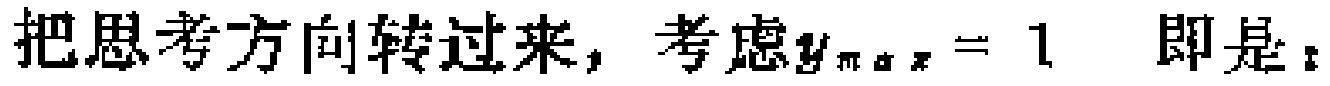
把思考方向转过来，考虑$y_{\max}=1$ 即是：